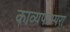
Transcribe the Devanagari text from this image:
काव्यपरम्परा